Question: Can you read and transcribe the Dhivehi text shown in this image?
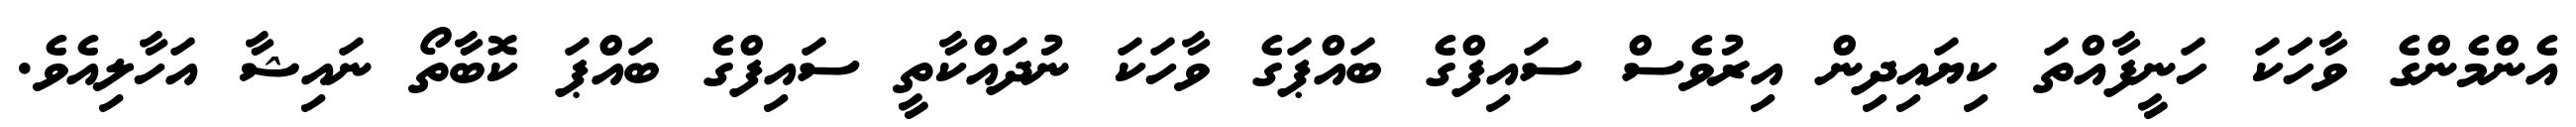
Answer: އެންމެންގެ ވާހަަކަ ހަނީފާއްތަ ކިޔައިދިން އިރުވެސް ސައިފްގެ ބައްޕަގެ ވާހަކަ ނުދައްކާތީ ސައިފްގެ ބައްޕަ ކޮބާތޯ ނައިޝާ އަހާލިއެވެ.